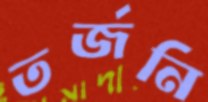
তর্জনি